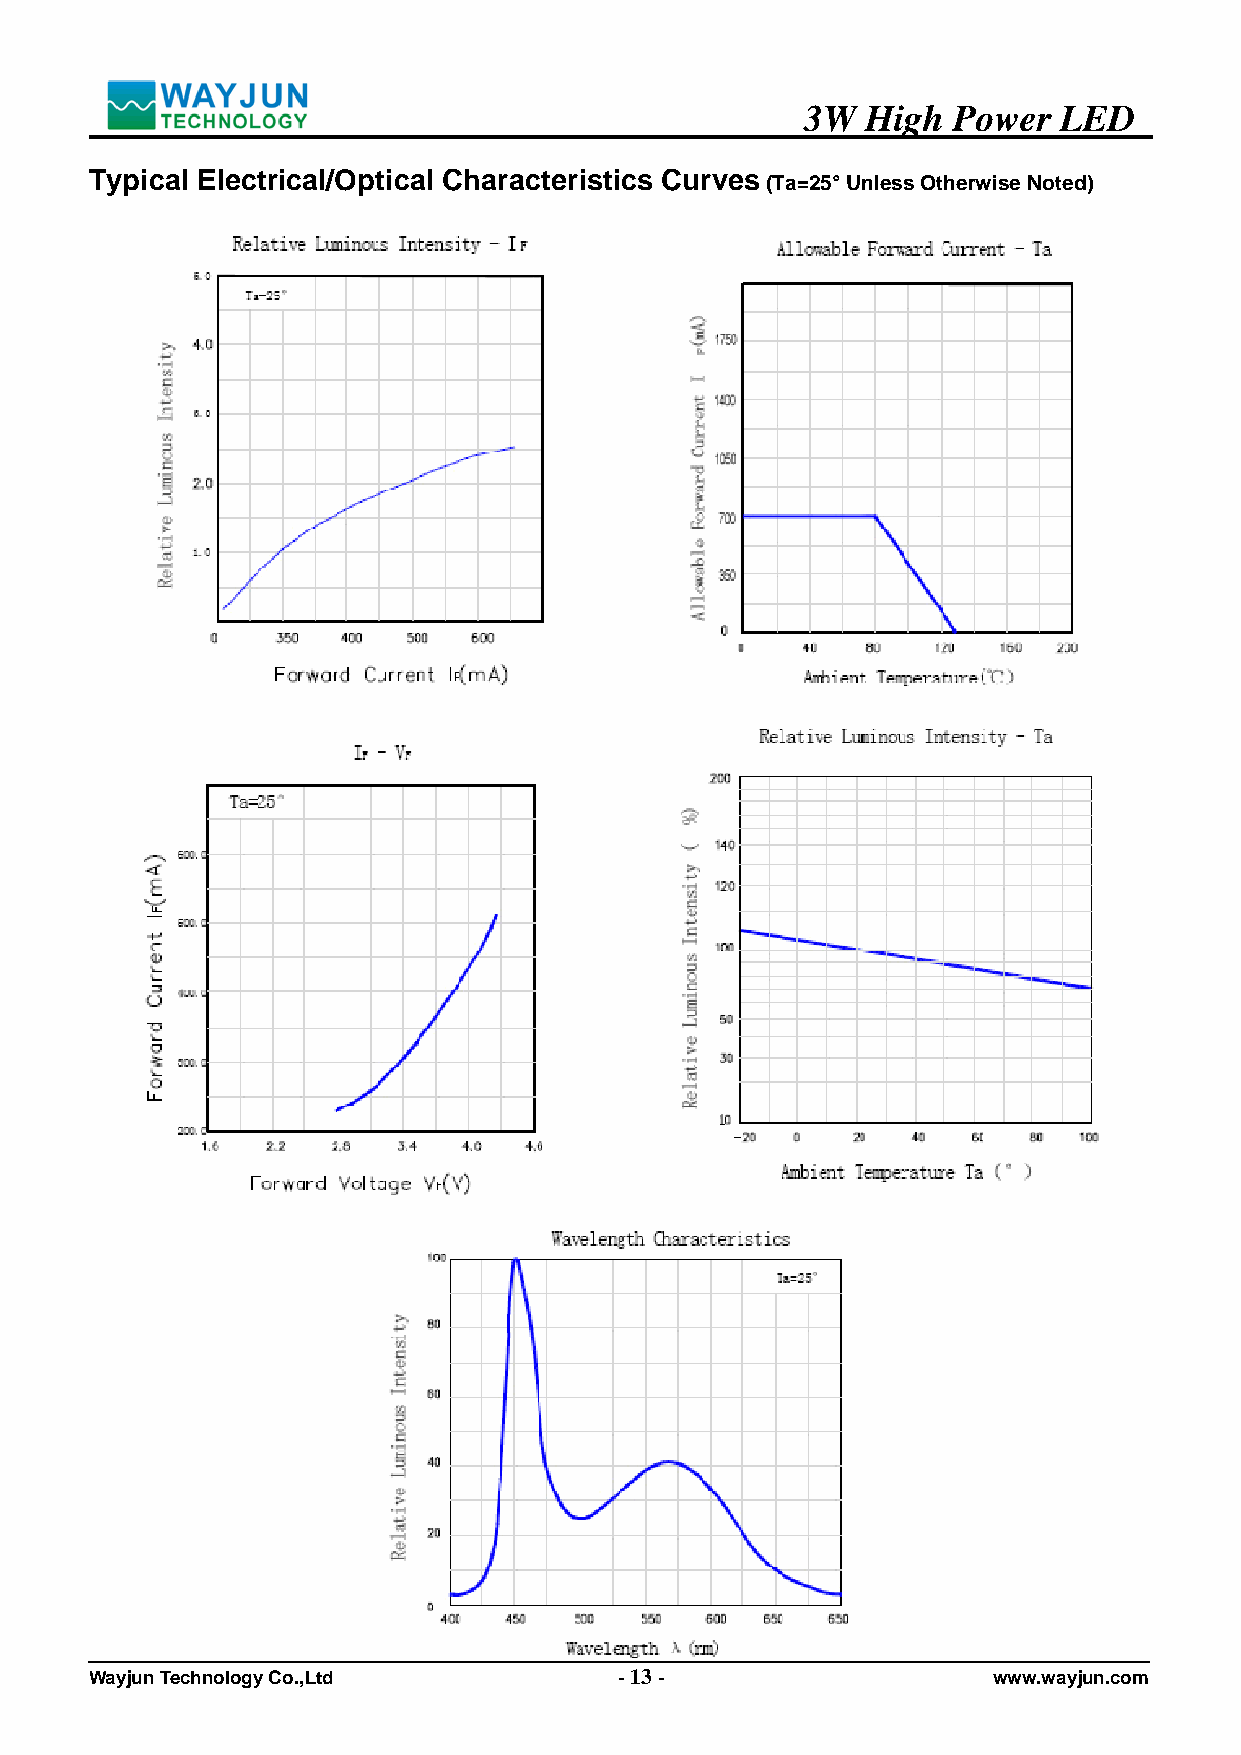
3W  High  Power  LED
 Typical Electrical/Optical Characteristics Curves
 (Ta=25° Unless Otherwise Noted)
 Wayjun Technology Co.,Ltd          - 13 -                   www.wayjun.com